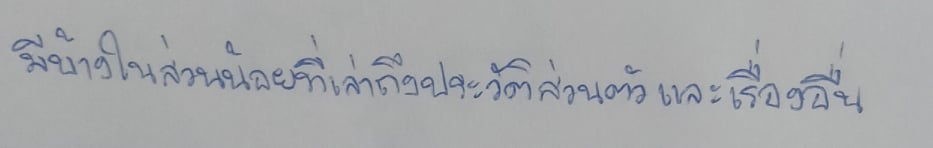
มีบ้างในส่วนน้อยที่เล่าถึงประวัติส่วนตัวและเรื่องอื่นๆ